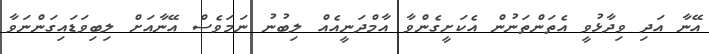
އޭނާ އަދި ވިދާޅުވީ އެތަންތަނުން އެކަށީގެންވާ އާމްދަނީއެއް ލިބުނު ނަމަވެސް އޭނާއަށް ލިބިވަޑައިގަންނަވާ